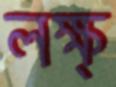
লক্ষ্